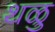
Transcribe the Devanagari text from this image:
थळु